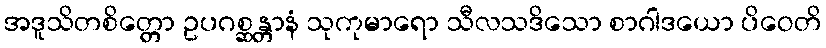
အဒူသိတစိတ္တော ဥပဂစ္ဆန္တာနံ သုကုမာရော သီလသဒိသော စာဂါဒယော ပိဝေတိ